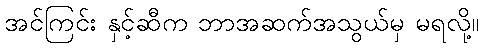
အင်ကြင်း နှင့်ဆီက ဘာအဆက်အသွယ်မှ မရလို့။